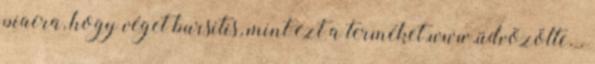
piacra, hogy véget bursitis, mint ezt a terméket.www.üdvözölte. .